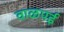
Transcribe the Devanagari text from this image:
वाळपई